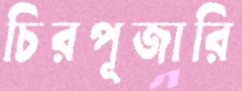
চিরপূজারি